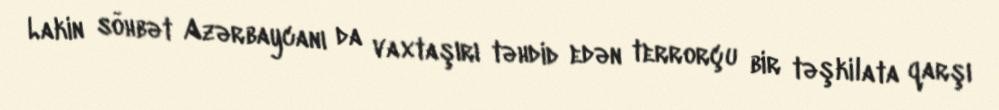
Lakin söhbət Azərbaycanı da vaxtaşırı təhdid edən terrorçu bir təşkilata qarşı